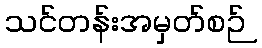
သင်တန်းအမှတ်စဉ်